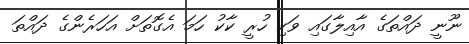
ނޫނީ ދައްތަގެ އާއިލާގައި ވަކި ހުރީ ކާކު ހަމަ އެގޮތަށް އަހަރެންގެ ދައްތަ